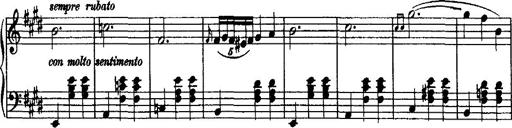
Title: Valse mÃ©lancolique
Composer: Paul Vidal
Key: F-sharp minor